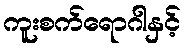
ကူးစက်ရောဂါနှင့်